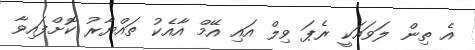
އެ ތިން ލަވައަކީ ރެޕަ ވިލް އައި އޭމް އާއެކު ތައްޔާރު ކޮށްފައިވާ